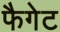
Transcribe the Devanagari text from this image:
फैगेट